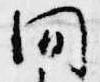
間